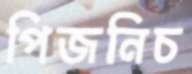
পিজনিচ